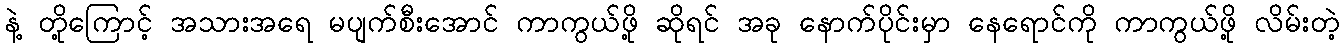
နဲ့ တို့ကြောင့် အသားအရေ မပျက်စီးအောင် ကာကွယ်ဖို့ ဆိုရင် အခု နောက်ပိုင်းမှာ နေရောင်ကို ကာကွယ်ဖို့ လိမ်းတဲ့